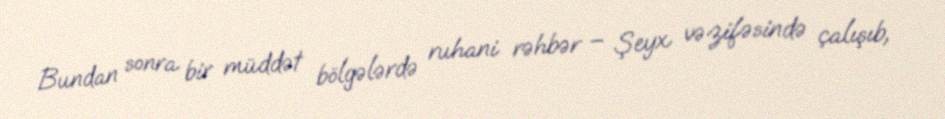
Bundan sonra bir müddət bölgələrdə ruhani rəhbər – Şeyx vəzifəsində çalışıb,